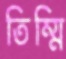
তিম্মি